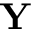
\mathbf { Y }